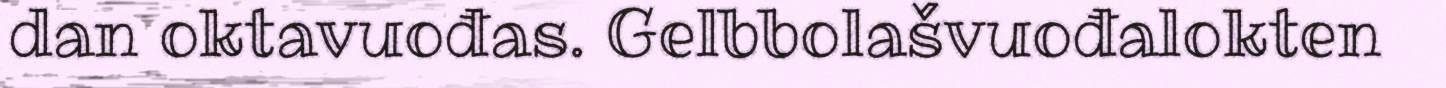
dan oktavuođas. Gelbbolašvuođalokten